Vaccination in Burma 1889-1999 - 1889-1999
Year: 1889
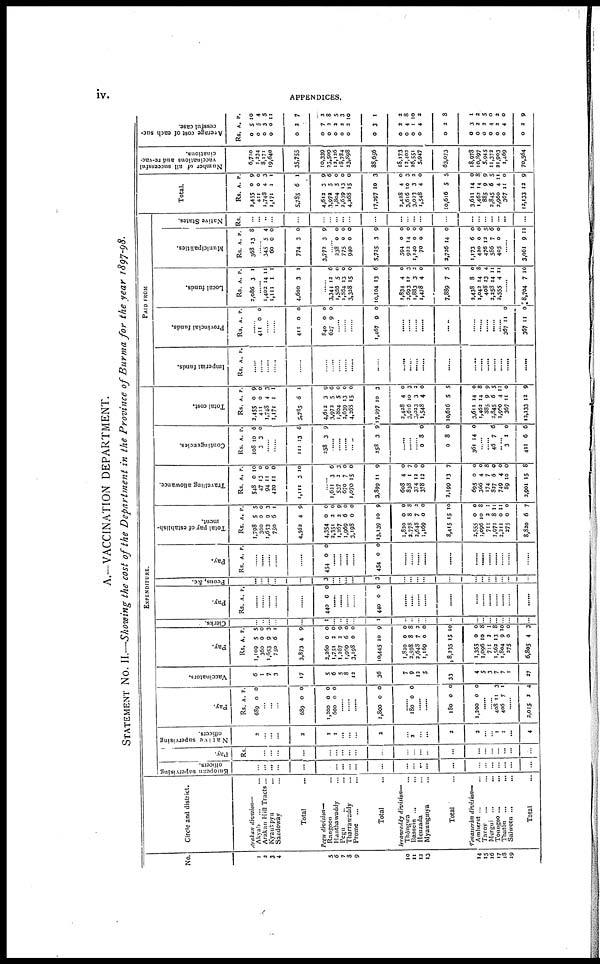
iv.
APPENDICES.
A.—VACCINATION DEPARTMENT.
STATEMENT No. II.—Showing the cost of the Department in the Province of Burma for the year 1897-98.
No.
1
2
3
4
5
6
7
8
9
10
11
12
13
14
15
16
17
18
19
Circle and district.
Arakan division—
Akyab ... ...
Arakan Hill Tracts...
Kyaukpyu ...
Sandoway ...
Total ...
Pegu division—
Rangoon ...
Hanthawaddy ...
Pegu ...
Tharrawaddy ...
Prome
...
...
Total ...
Irrawaddy
division—
Thôngwa ...
Bassein ... ...
Henzada ...
Myaungmya ...
Total ...
Tenasserin division—
Amherst ... ...
Tavoy
... ...
Mergui ...
...
Toungoo ...
...
Thatôn ... ...
Salween ...
...
Total ...
EXPENDITURE.
European supervising
officers.
...
...
...
...
...
...
...
...
...
...
...
...
...
...
...
...
...
...
...
...
...
...
...
Pay.
Rs.
...
...
...
...
...
...
...
...
...
...
...
...
...
...
...
...
...
...
...
...
...
...
...
Native supervising
officers.
2
...
...
...
2
1
1
...
...
...
2
...
2
...
...
2
2
...
...
1
1
...
4
Pay.
Rs.
689
A.
0
P.
0
...
...
...
689
1,200
600
0
0
0
0
0
0
......
......
......
1,800 0 0
...
180 0 0
......
......
180
1,200
0
0
0
0
......
......
408
406
11
7
3
1
......
2,015 2 4
Vaccinators.
6
1
7
3
17
5
6
5
8
12
36
7
9
12
5
33
4
5
3
7
7
1
27
Pay.
Rs.
1,109
360
1,653
750
3,873
2,260
1,751
1,267
1,969
3,198
10,445
1,820
2,598
2,648
1,169
8,235
1,355
1,096
711
1,562
1,804
275
6,805
A.
5
0
9
6
4
0
2
2
6
0
10
0
8
7
0
15
0
10
2
13
9
0
4
P.
5
0
3
1
9
0
0
9
0
0
9
0
8
2
0
10
0
8
1
8
10
0
3
Clerks.
...
...
...
...
...
1
...
...
...
...
1
...
...
...
...
...
...
...
...
...
...
...
...
Pay.
Rs. A. P.
......
......
......
......
......
440 0 0
......
......
......
......
440 0 0
......
......
......
......
......
......
......
......
......
......
......
......
Peons, &c.
...
...
...
...
...
3
...
...
...
...
3
...
...
...
...
...
...
...
...
...
...
...
...
Pay.
Rs. A. P.
......
......
......
......
......
454 0 0
......
......
......
......
454 0 0
......
......
......
......
......
......
......
......
......
......
......
......
Total pay of establish-
ment.
Rs.
1,798
360
1,653
750
4,562
4,354
2,351
1,267
1,969
3,198
13,139
1,820
2,778
2,648
1,169
8,415
2,555
1,096
711
1,971
2,211
275
8,820
A.
5
0
9
6
4
0
2
2
6
0
10
0
8
7
0
15
0
10
2
8
0
0
6
P.
5
0
3
1
9
0
0
9
0
0
9
0
8
2
0
10
0
8
1
11
11
0
7
Travelling allowance.
Rs.
548
47
94
420
1,111
A.
0
13
11
11
3
P.
10
0
0
0
10
......
1,621
537
670
1,070
3,899
608
838
374
378
2,199
695
366
174
827
749
89
2,901
3
2
7
15
11
4
1
12
12
13
0
4
7
6
4
10
15
6
3
0
0
9
0
7
0
0
7
0
0
8
0
0
0
8
Contingencies.
Rs.
108
3
A.
10
3
P.
6
0
......
......
111
258
13
3
6
9
......
......
......
...
258 3 9
......
......
......
0
0
361
8
8
14
0
0
0
......
......
46 7 6
3
411
1
6
0
6
Total cost.
Rs.
2,455
411
1,748
1,171
5,785
4,612
3,972
1,804
2,639
4,268
17,297
2,428
3,616
3,023
1,548
10,616
3,611
1,462
885
2,845
3,960
367
12,133
A.
0
0
4
1
6
3
5
5
13
15
10
4
10
3
4
5
14
14
9
6
4
11
12
P.
9
0
3
1
1
9
6
0
0
0
3
0
3
2
0
5
0
8
9
5
11
0
9
PAID FROM
Imperial funds.
Rs. A. P.
......
......
......
......
......
......
......
......
......
......
......
......
......
......
......
......
......
......
......
......
......
......
......
Provincial funds.
Rs. A. P.
......
411 0 0
......
......
411
840
627
0
0
9
0
0
0
......
......
......
1,467 9 0
......
......
......
......
......
......
......
......
......
......
367
367
11
11
0
0
Local funds.
Rs.
2,086
A.
3
P.
1
......
1,402
1,111
4,600
14
1
3
11
1
1
......
3,344
1,566
1,864
3,328
10,104
1,834
2,693
1,883
1,478
7,889
2,438
1,042
408
2,258
2,555
12
5
13
15
13
4
17
3
4
7
8
14
13
14
4
6
0
0
0
6
0
3
2
0
5
0
8
4
11
11
......
8,704 7 10
Municipalities.
Rs.
368
A.
13
P.
8
......
345
60
774
3,772
5
0
3
3
4
0
0
9
......
238
775
940
5,725
594
922
1,140
70
2,726
1,173
420
476
586
405
0
0
0
3
0
14
0
0
14
6
0
12
7
0
0
0
0
9
0
0
0
0
0
0
0
5
6
0
......
3,061 9 11
Native States.
Rs.
...
...
...
...
...
...
...
...
...
...
...
...
...
...
...
...
...
...
...
...
...
...
...
Total.
Rs.
2,455
411
1,748
1,171
5,735
4,612
3,972
1,804
2,639
4,268
17,297
2,428
3,616
3,023
1,548
10,616
3,611
1,462
885
2,845
2,960
367
12,133
A.
0
0
4
1
6
3
5
5
13
15
10
4
10
3
4
5
14
14
9
6
4
11
12
P.
9
0
3
1
1
9
6
0
0
0
3
0
3
2
0
5
0
8
9
5
11
0
9
Number of all successful
vaccinations and re-vac-
cinations.
6,710
1,234
8,171
19,640
35,755
10,339
23,509
12,126
18,784
23,898
88,656
18,173
12,402
26,551
5,947
63,073
18,978
10,897
5,945
11,372
21,903
1,469
70,564
Average cost of each suc-
cessful case.
Rs.
0
0
0
0
0
0
0
0
0
0
0
0
0
0
0
0
0
0
0
0
0
0
0
A.
5
5
3
0
2
7
2
2
2
2
3
2
4
1
4
2
3
2
2
4
2
4
2
P.
10
4
5
11
7
2
8
5
3
10
1
2
8
10
2
8
1
2
5
0
2
0
9